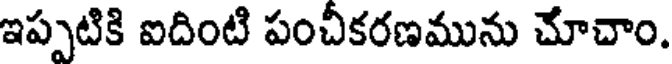
ఇప్పటికి ఐదింటి పంచీకరణమును చూచాం.